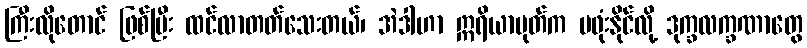
ကြီးလိုတောင် ဖြစ်ပြီး ထင်လာတတ်သေးတယ်၊ အဲဒါဟာ ဣရိယာပုတ်က မဖုံးနိုင်လို့ ဒုက္ခလက္ခဏာတွေ